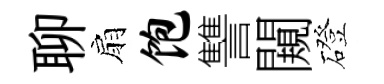
聊扇饱讐闚磴